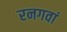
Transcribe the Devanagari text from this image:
रनगवां